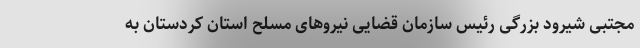
مجتبی شیرود بزرگی رئیس سازمان قضایی نیرو‌های مسلح استان کردستان به